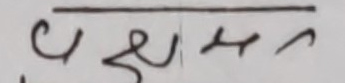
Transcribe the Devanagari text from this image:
चशुद्धपन